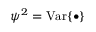
\psi ^ { 2 } = \mathrm { V a r } \{ \bullet \}